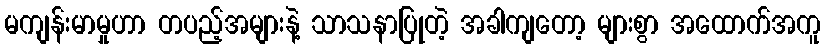
မကျန်းမာမှုဟာ တပည့်အများနဲ့ သာသနာပြုတဲ့ အခါကျတော့ များစွာ အထောက်အကူ